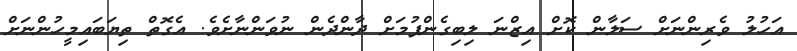
އަހުލު ވެރިންނަށް ސަލާން ކޮށް އިޒްނަ ލިބިގެންފުމަށް ދާންދެން ނުވަންނާށެވެ. އެގޮތް ތިޔަބައިމީހުންނަށް